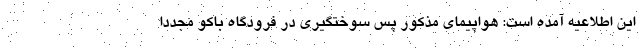
این اطلاعیه آمده است: هواپیمای مذکور پس سوختگیری در فرودگاه باکو مجددا